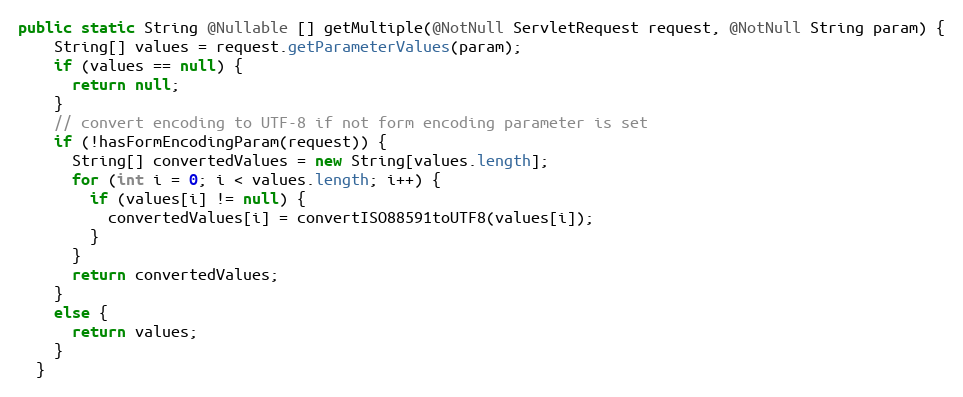
Language: Java
public static String @Nullable [] getMultiple(@NotNull ServletRequest request, @NotNull String param) {
    String[] values = request.getParameterValues(param);
    if (values == null) {
      return null;
    }
    // convert encoding to UTF-8 if not form encoding parameter is set
    if (!hasFormEncodingParam(request)) {
      String[] convertedValues = new String[values.length];
      for (int i = 0; i < values.length; i++) {
        if (values[i] != null) {
          convertedValues[i] = convertISO88591toUTF8(values[i]);
        }
      }
      return convertedValues;
    }
    else {
      return values;
    }
  }